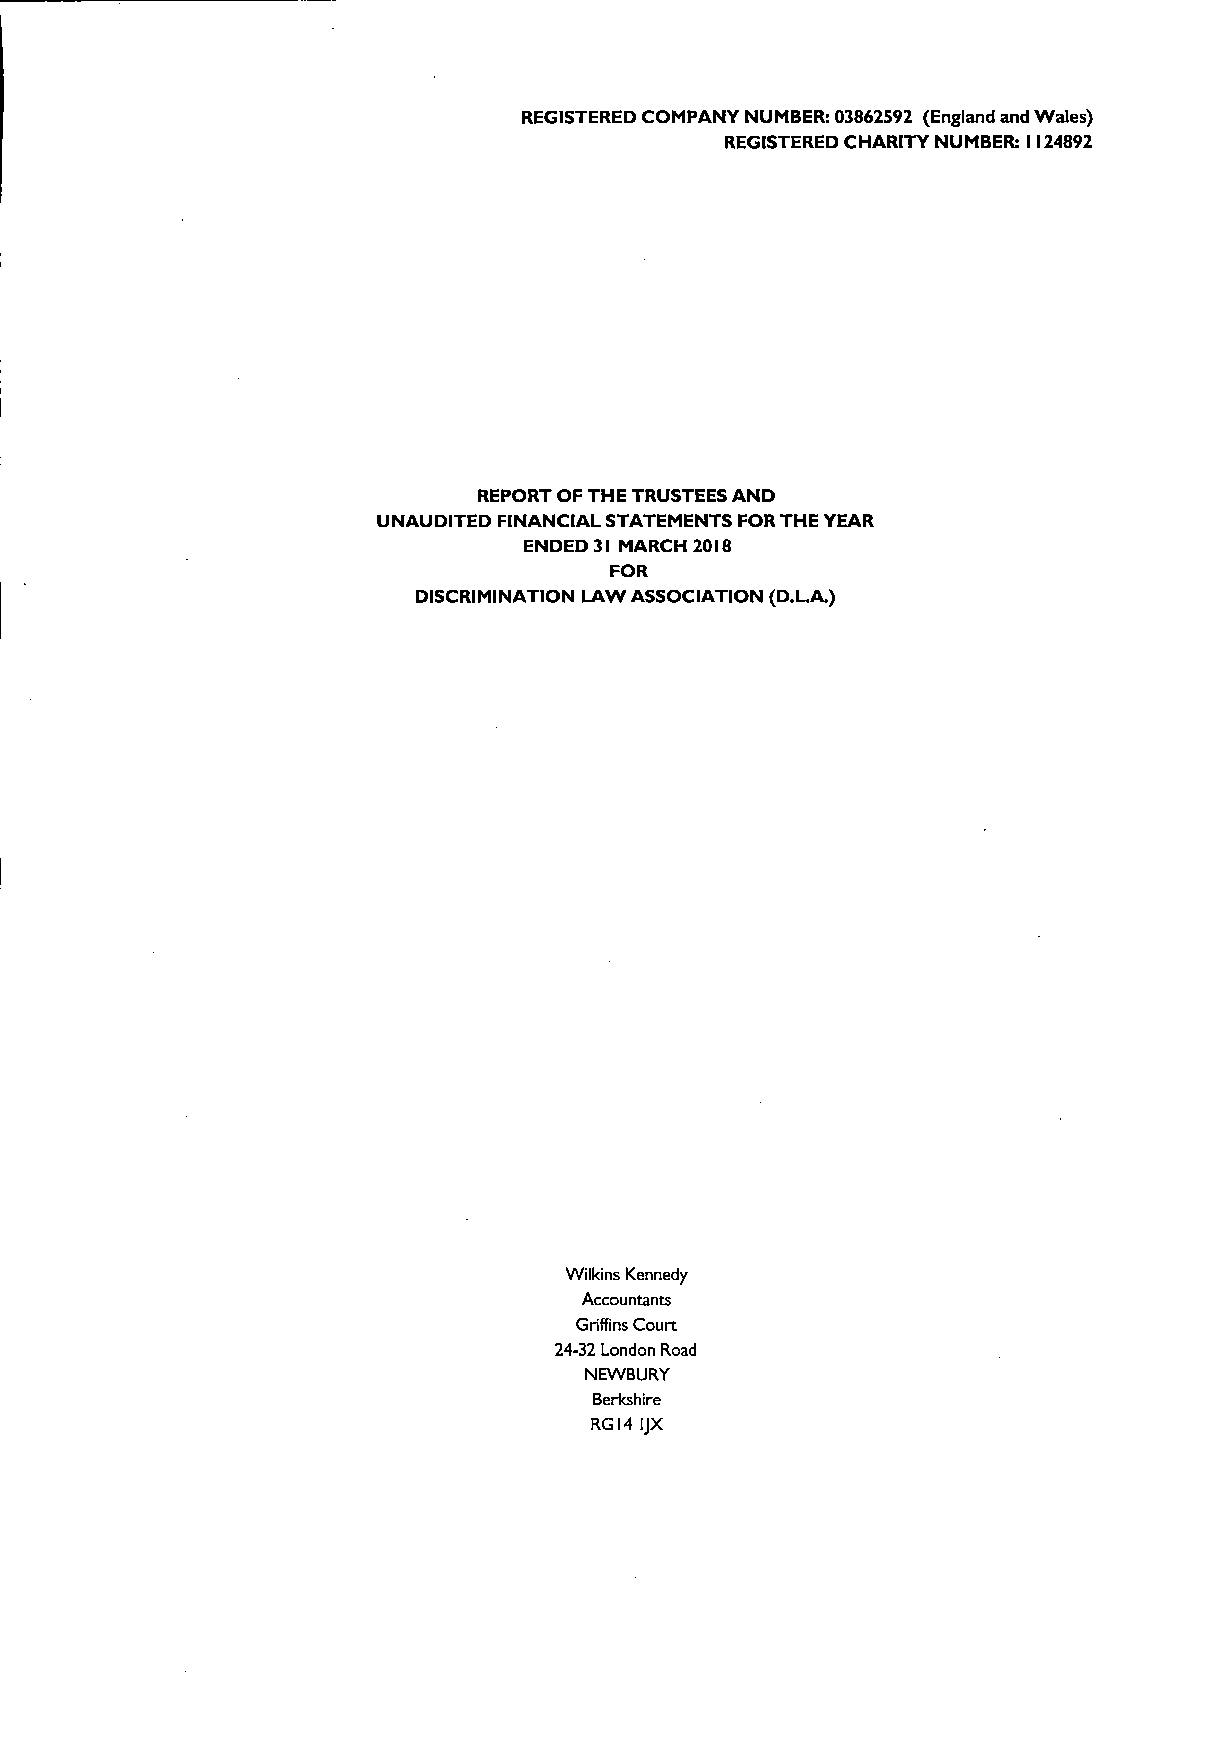
REGISTERED COMPANY NUMBER: 03862592 (England and Wales)
 REGISTERED CHARITY NUMBEIL I I24892
 REPORT OFTHE TRUSTEESAND
 UNAUDITED FINANCIAL STATEMENTS FORTHE YEAR
 ENDED 3I MARCH 20I8
 FOR
 DISCRIMINATION LAW ASSOCIATION (D.LA.)
 Wilkins Kennedy
 Accountants
 Griffins Court
 24-32 London Road
 NEWBURY
 Berkshire
 RG14 IJX